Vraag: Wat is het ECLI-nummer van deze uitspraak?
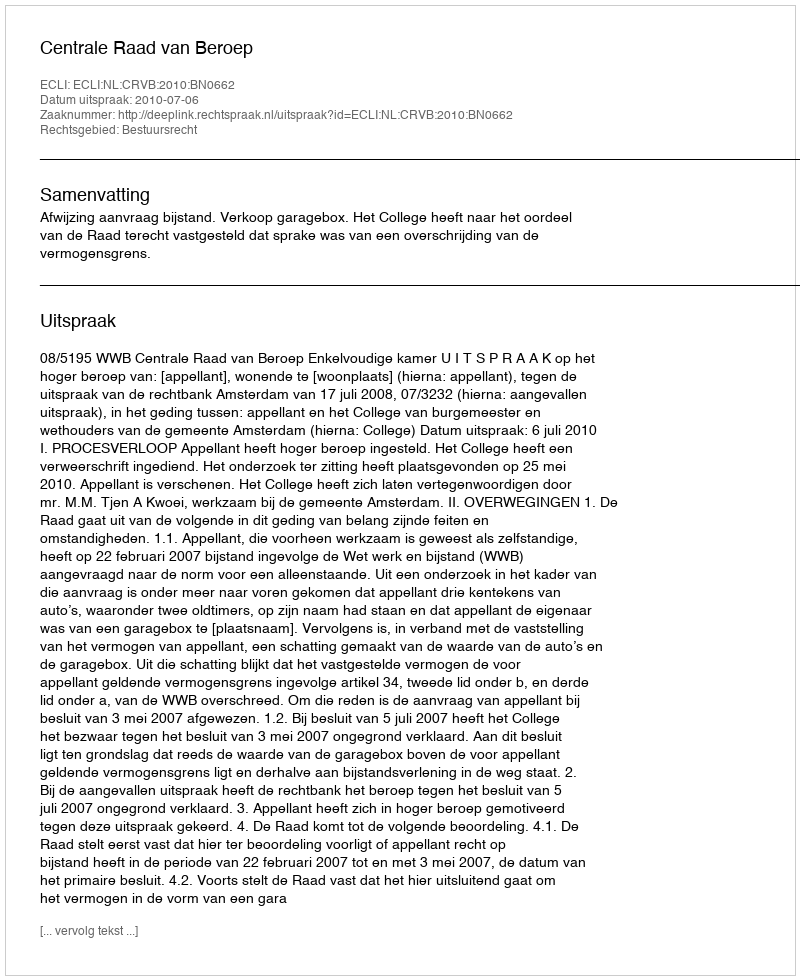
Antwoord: ECLI:NL:CRVB:2010:BN0662